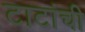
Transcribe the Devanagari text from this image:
टाटांची